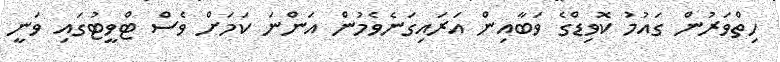
ހިތްވަރުން ގައުމު ކޮވިޑްގެ ވަބާއިން އަރައިގަނެވެމުން އަންނަ ކަމަށް ވެސް ޓްވީޓުގައި ވަނީ